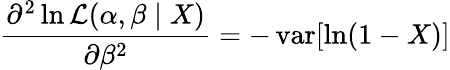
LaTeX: {\frac{\partial^{2}\ln{\mathcal{L}}(\alpha,\beta\mid X)}{\partial\beta^{2}}}=-\operatorname{var}[\ln(1-X)]